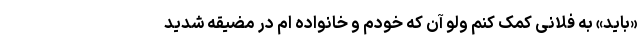
«باید» به فلانی کمک کنم ولو آن که خودم و خانواده ام در مضیقه شدید